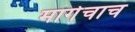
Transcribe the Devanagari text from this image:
मागेचाच